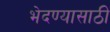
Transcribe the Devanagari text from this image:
भेदण्यासाठी